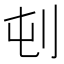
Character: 𪞿